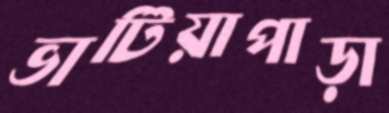
ভাটিয়াপাড়া